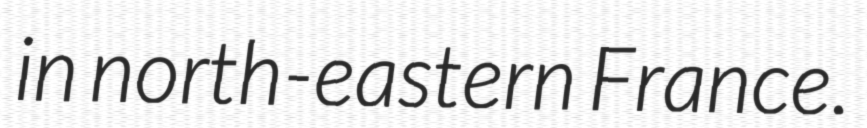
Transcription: in north-eastern France.